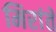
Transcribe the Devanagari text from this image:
मिरांते